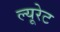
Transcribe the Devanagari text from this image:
ल्यूरेट